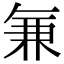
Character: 𭁐